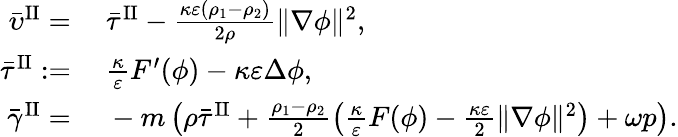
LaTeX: \begin{array}{rl}{\bar{\upsilon}^{\mathrm{II}}=}&{~\bar{\tau}^{\mathrm{II}}-\frac{\kappa\varepsilon(\rho_{1}-\rho_{2})}{2\rho}\| \nabla\phi\| ^{2},}\\ {\bar{\tau}^{\mathrm{II}}:=}&{~\frac{\kappa}{\varepsilon}F^{\prime}(\phi)-\kappa\varepsilon\Delta\phi,}\\ {\bar{\gamma}^{\mathrm{II}}=}&{~-m\left(\rho\bar{\tau}^{\mathrm{II}}+\frac{\rho_{1}-\rho_{2}}{2}\left(\frac{\kappa}{\varepsilon}F(\phi)-\frac{\kappa\varepsilon}{2}\| \nabla\phi\| ^{2}\right)+\omega p\right).}\end{array}